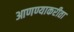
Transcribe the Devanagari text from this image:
आणण्याकरीता